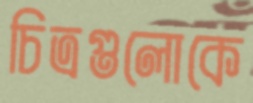
চিত্রগুলোকে